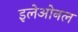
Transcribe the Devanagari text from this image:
इलेओनल